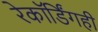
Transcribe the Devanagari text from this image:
रेकॉर्डिंगही